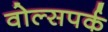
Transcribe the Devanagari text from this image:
वोल्सपर्क